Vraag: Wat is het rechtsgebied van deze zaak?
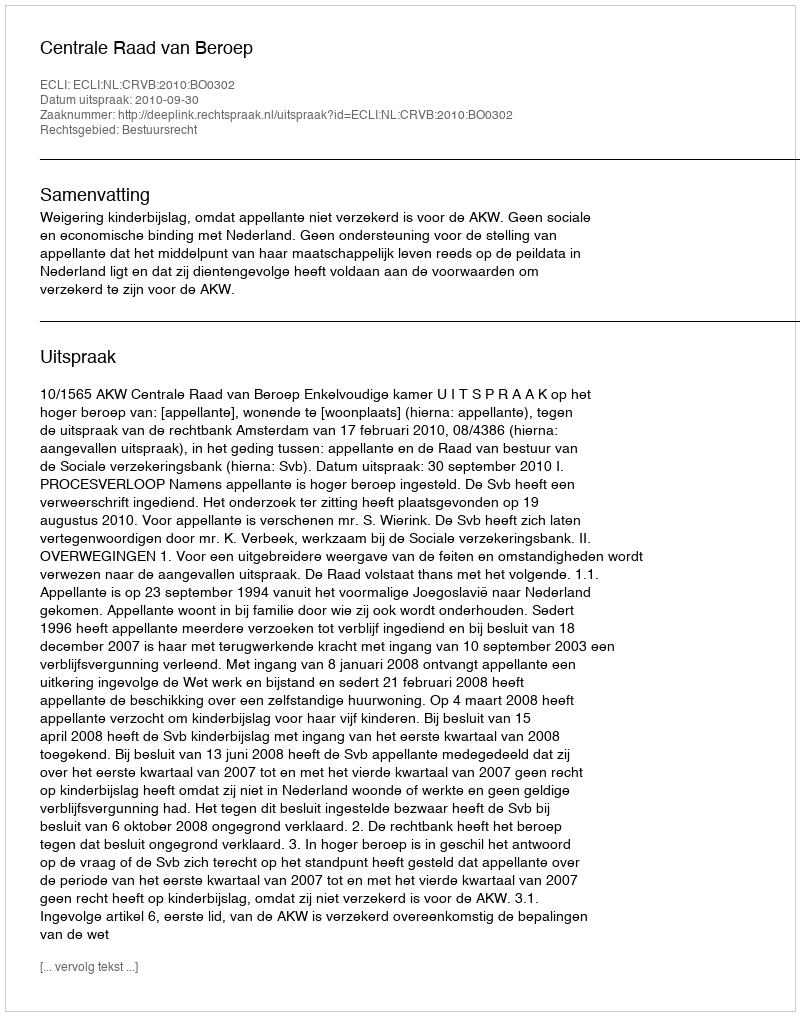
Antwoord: Bestuursrecht